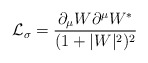
\begin{align*}{\cal L}_{\sigma}=\frac{\partial_{\mu}W\partial^{\mu}W^{*}}{(1+|W|^{2})^{2}}\end{align*}